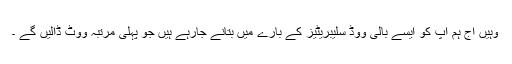
وہیں آج ہم آپ کو ایسے بالی ووڈ سلیبریٹیز کے بارے میں بتانے جارہے ہیں جو پہلی مرتبہ ووٹ ڈالیں گے ۔